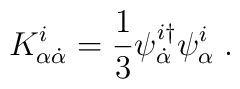
K^i_{\alpha \dot \alpha} = \frac{1}{3}\psi_{\dot{\alpha}}^{i\dagger}\psi_{\alpha}^i\;.